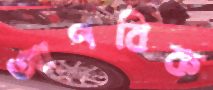
আণবিক